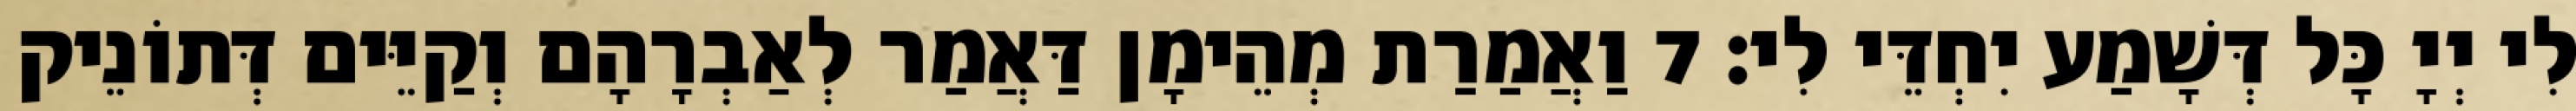
לִי יְיָ כָּל דְּשָׁמַע יִחְדֵּי לִי׃ 7 וַאֲמַרַת מְהֵימָן דַּאֲמַר לְאַבְרָהָם וְקַיֵּים דְּתוֹנֵיק